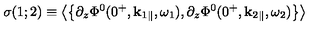
\sigma ( 1 ; 2 ) \equiv \left\langle \left\{ \partial _ { z } \Phi ^ { 0 } ( 0 ^ { + } , { \bf k } _ { 1 } { } _ { \| } , \omega _ { 1 } ) , \partial _ { z } \Phi ^ { 0 } ( 0 ^ { + } , { \bf k } _ { 2 } { } _ { \| } , \omega _ { 2 } ) \right\} \right\rangle